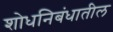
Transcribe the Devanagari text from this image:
शोधनिबंधातील